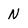
Character: N